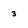
Character: 3